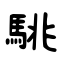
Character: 駣